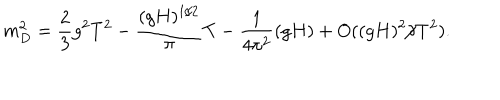
m _ { D } ^ { 2 } = \frac { 2 } { 3 } g ^ { 2 } T ^ { 2 } - \frac { ( g H ) ^ { 1 / 2 } } { \pi } T - \frac { 1 } { 4 \pi ^ { 2 } } ( g H ) + O ( ( g H ) ^ { 2 } / T ^ { 2 } ) .